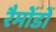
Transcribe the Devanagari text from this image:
रैमोंडो